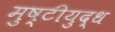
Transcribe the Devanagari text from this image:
मुष्टीयुद्ध